Vaccination in the Punjab 1897-1904 - 1897-1904
Year: 1897
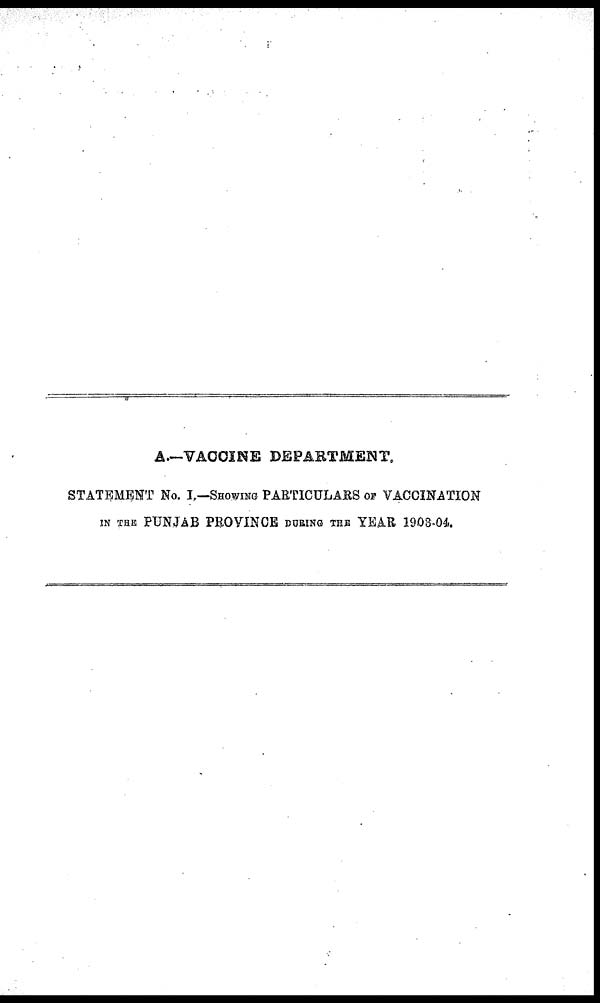
A.—VACCINE DEPARTMENT.
STATEMENT No. I.—SHOWING PARTICULARS OF VACCINATION
IN THE PUNJAB PROVINCE DURING THE YEAR 1903-04.